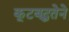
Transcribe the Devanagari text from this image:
कूटबद्धतेने